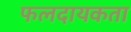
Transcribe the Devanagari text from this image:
फलदायकता